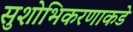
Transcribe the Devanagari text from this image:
सुशोभिकरणाकडे